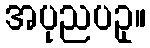
အပုညပဥှ။